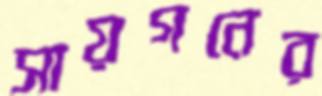
সায়গনের